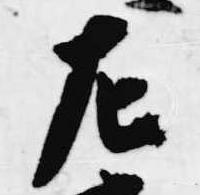
左